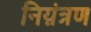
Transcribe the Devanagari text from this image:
निय़ंत्रण